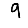
Digit: 9